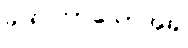
ခဏကြာသောအခါ